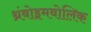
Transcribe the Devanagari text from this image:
थ्रंबोइमबोलिक